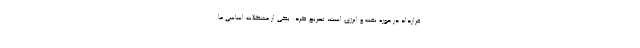
قرارداد در حوزه نفت و انرژی است، تصریح کرد: یکی از مشکلات اساسی ما